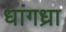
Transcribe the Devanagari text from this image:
धांगध्रा